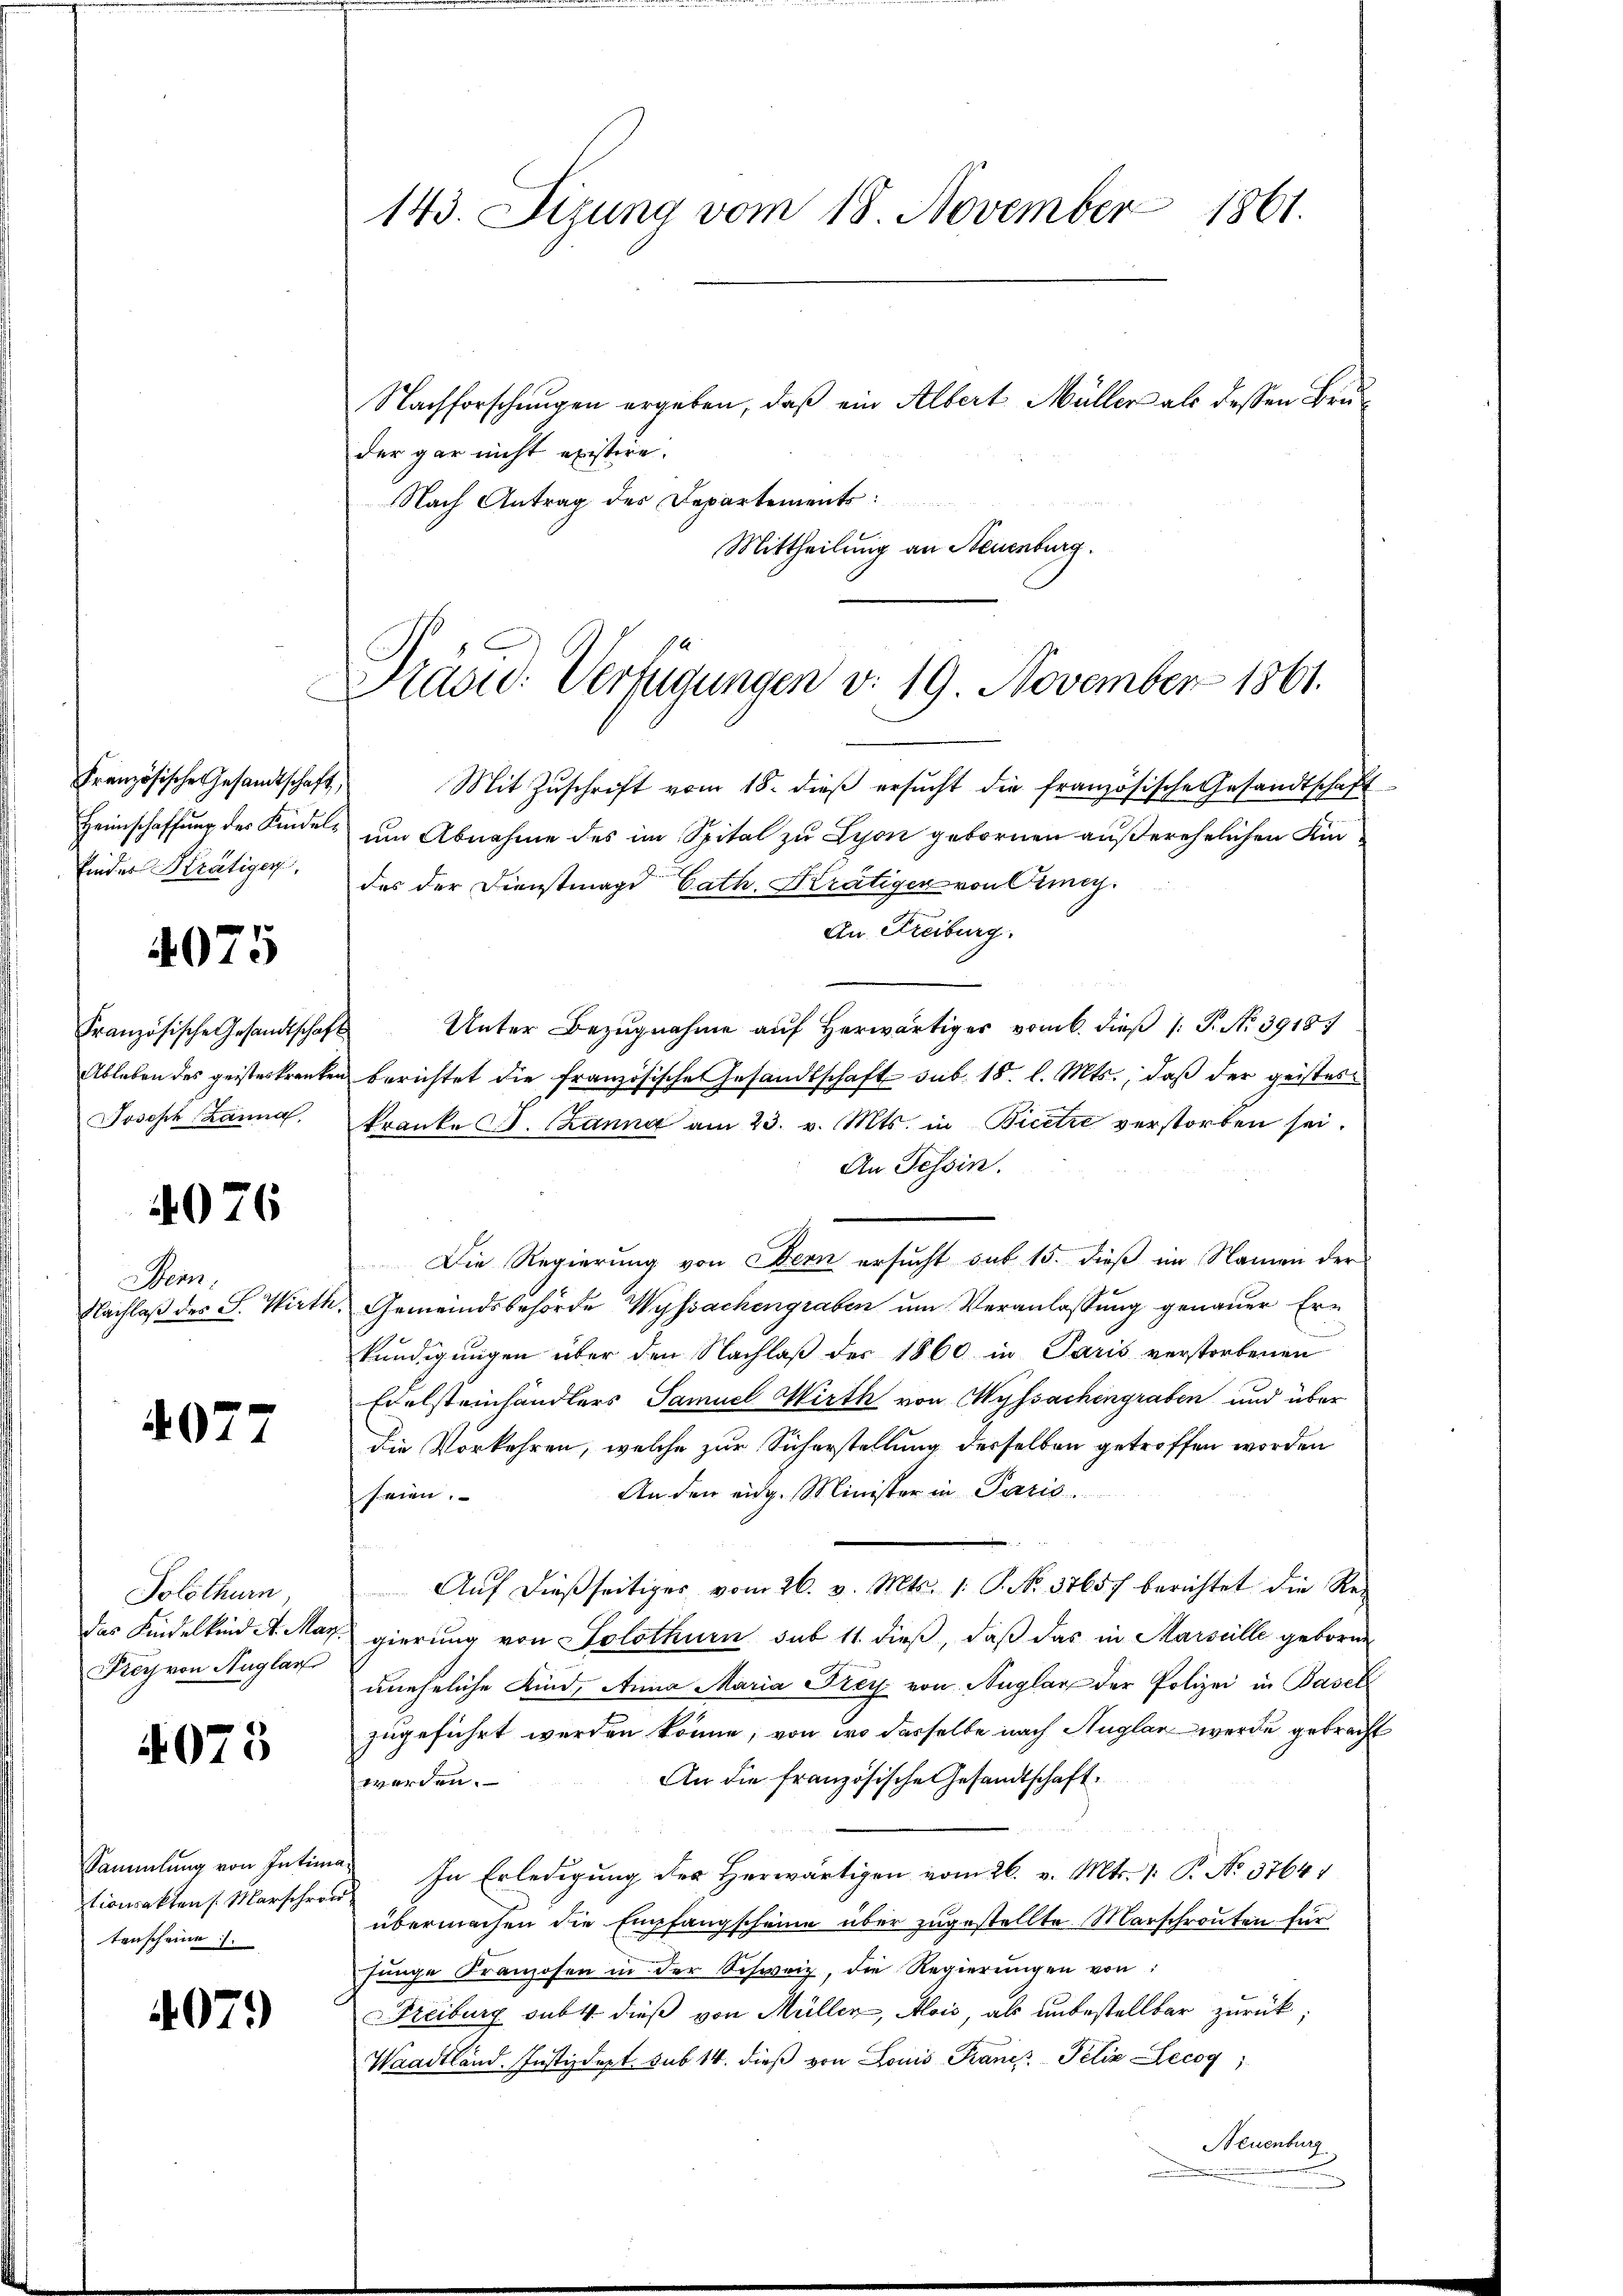
Französische Gesandtschaft,
Heimschaffung des Kindel¬
Einder Krätigen.

4075

Französische Gesandtschaft
Ableben des geisteskranke
Joseph Lanna

4076

Weins
Nachlaß des S. Parth

4077

Solothurn
das Kindelkind St. Mar
Ker von Auglar

4073

Nachforschungen ergeben, daß ein Albert Müller als dessen Bruder gar nicht existire.
Nach Antrag des Departements:
Mittheilung an Neuenburg.

Sammlung von Intims
tionsakten /: Marschron
tenscheine

407.)

143. Sizung vom 18. November 1861.

Praou: Verfügungen v. 19 November 1861.

Mit Zŭschrift vom 18. dieβ ersŭcht die französische Gesandtschaft
um Abnahme des im Spital zu Lyon gebornen außerehelichen Umdes der Dienstmagd Cath. Krätiger von Cemey
An Freiburg.
Unter Bezugnahme auf herwärtiger vom 6. dieß (: P. No 3918
berichtet die französische Gesandtschaft sub. 18. l. Mts., daß der geistes
kranke V. anna am 23. v. Mts. in Bicetze verstorben sei.
An Tessin.
Die Regierung von Bern ersucht sub 15. dieß im Namen der
Gemeindsbehörde Wyssachengraben um Veranlassung genauer Ern
e
kundigungen über den Nachlaß der 1860 in Paris verstorbenen
Exelsteinhändlers Samuel Wirth von Wyssachengraben und über
die Vorkehren, welche zur Sicherstellung desselben getroffen worden
An den eidg. Minister in Paris
seien.
Aŭf dießseitiger vom 26. v. Mts. 1. P. No. 3765) berichtet die Rec
gierung von Solothurn sub 11 dieß, daß das in Marseille geborne
uneheliche Kind, Anna Maria Frey von Nuglar der Polizei in Basel
zugeführt werden könne, von wo dasselbe nach Auglar werde gebracht
An die französische Gesandtschaft.
werden.
In Erledigung des Herwärtigen vom 26. v. Mts. 1. P. No 3764
übermachen die Empfangscheine über zugestellte Marschrouten für
Junge Franzosen in der Schweiz, die Regierungen von:
Freiburg subt dieß von Müller, Alois als unbestellbar zurück;
Waadtländ. Justizdept. sub 14. dieß von Louis Francs Peliz Lecog
Neuenburg

.